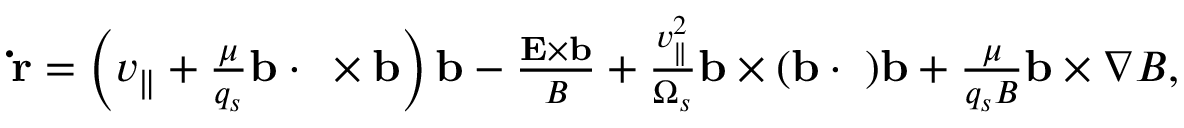
\begin{array} { r } { \mathbf { \dot { r } } = \left( v _ { \parallel } + \frac { \mu } { q _ { s } } \mathbf { b \cdot \nabla \times b } \right) \mathbf { b } - \frac { \mathbf { E } \times \mathbf { b } } { B } + \frac { v _ { \parallel } ^ { 2 } } { \Omega _ { s } } \mathbf { b } \times \mathbf { ( b \cdot \nabla ) b } + \frac { \mu } { q _ { s } B } \mathbf { b } \times \nabla B , } \end{array}